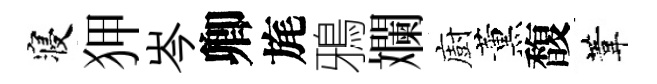
寝狎岑卿旄鴉斕廚薰馥葦